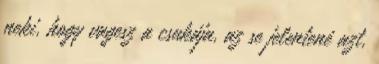
neki, hogy vagesz a csukája, az se jelentené azt,